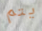
يتم